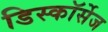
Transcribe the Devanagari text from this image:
डिस्कॉर्सेज